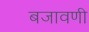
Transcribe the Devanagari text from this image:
बजावणी